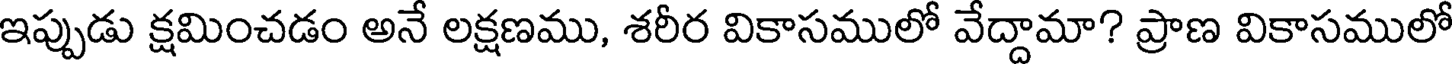
ఇప్పుడు క్షమించడం అనే లక్షణము, శరీర వికాసములో వేద్దామా? ప్రాణ వికాసములో